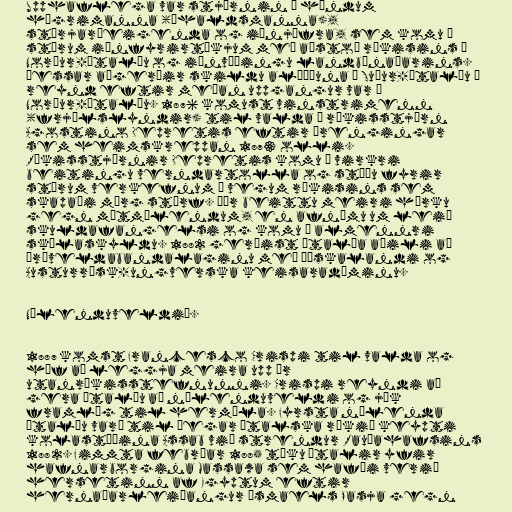
Upphaflega var stjórnin í höndum
hægrimanna (íhaldsmanna),
stórjarðeigenda og iðnjöfra, sem komu á
stórum iðnfyrirtækjum með aðstoð ríkisins á
Norður-Ítalíu og iðnvæðingu landbúnaðarins.
Þessar aðgerðir skildu alþýðuna á Suður-Ítalíu í
reynd eftir meðan uppgangur var á
Norður-Ítalíu. 1876 komust vinstrimenn
(frjálslyndir) til valda í ríkisstjórn
Agostino Depretis eftir þrengingar
sem heimskreppan 1873 olli.
Ríkisstjórnir Depretis komu á virkri
beitingu verndartolla og stóðu fyrir
stórum verkefnum á vegum ríkisins sem
skapaði mörg störf. Þær beittu meiri hörku
gegn mótmælendum, en afnámu um leið
skuldafangelsi og komu á almennri
skólaskyldu. 1882 gerðist Ítalía aðili að
Þríveldabandalaginu með Þýskalandi og
Austurrísk-ungverska keisaradæminu.

Nýlenduveldið.

1887 komst Francesco Crispi til valda og
hóf að leggja meira upp úr
utanríkisstefnunni. Crispi reyndi að
gera Ítalíu að nýlenduveldi og jók
framlög til hermála. Fyrsta nýlenda
Ítalíu varð til þegar ítalska ríkið keypti
kolastöðina Assab við strendur Rauðahafsins
1882. Fimmta febrúar 1885 tóku ítalir yfir
hafnarborgina Massawa sem hafði verið
hersetinn af Egyptum eftir
hernaðarleiðangur Ísmaels Pasja gegn